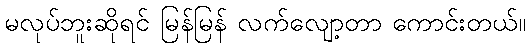
မလုပ်ဘူးဆိုရင် မြန်မြန် လက်လျော့တာ ကောင်းတယ်။